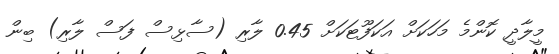
މީލާދީ ކޮންމެ މަހަކަށް އަކަފޫޓަކަށް 0.45 ލާރި (ސާޅިސް ފަސް ލާރި) ބިން